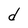
Character: d